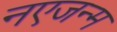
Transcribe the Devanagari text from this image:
नएजन्म